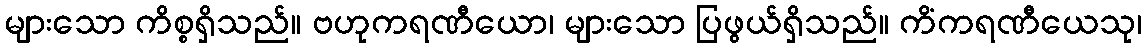
များသော ကိစ္စရှိသည်။ ဗဟုကရဏီယော၊ များသော ပြဖွယ်ရှိသည်။ ကိံကရဏီယေသု၊